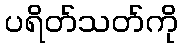
ပရိတ်သတ်ကို